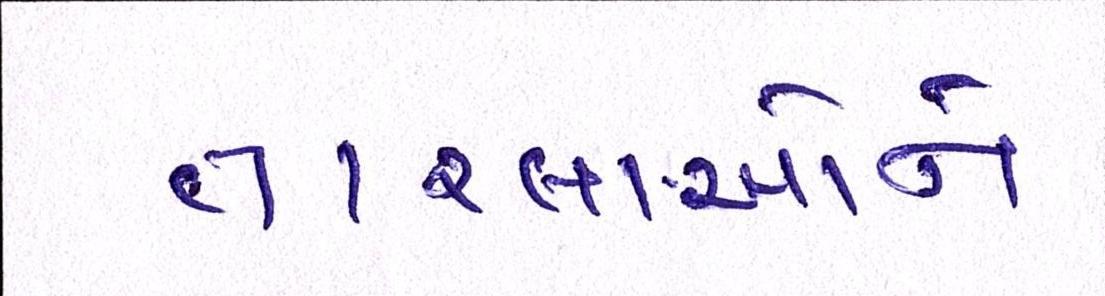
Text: તારલાઓને